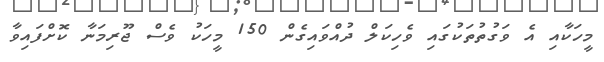
މީހަކާއި އެ ވަގުތުތަކުގައި ވެހިކަލް ދުއްވައިގެން 150 މީހަކު ވެސް ޖޫރިމަނާ ކޮށްފައިވާ